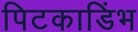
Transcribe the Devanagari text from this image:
पिटकाडिंभ